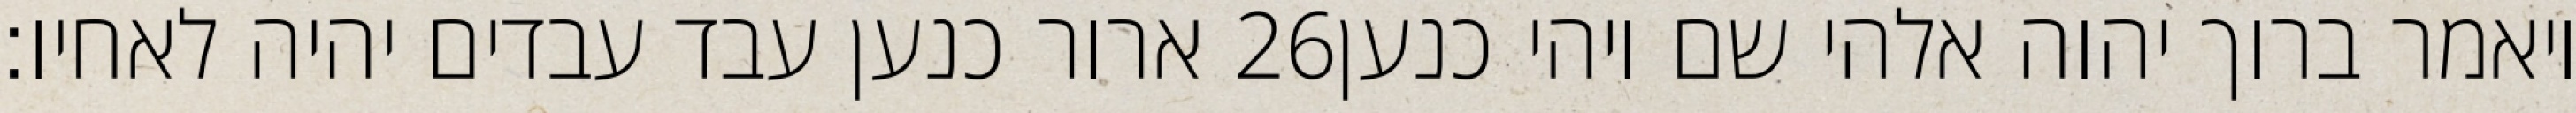
ארור כנען עבד עבדים יהיה לאחיו׃ ‎26‏ ויאמר ברוך יהוה אלהי שם ויהי כנען